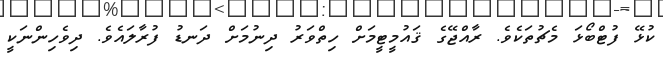
ކުޅޭ ފުޓްބޯޅަ މެޗުތަކެވެ. ރާއްޖޭގެ ޤައުމީޓީމަށް ހިތްވަރު ދިނުމަށް ދަނޑު ފުރާލައެވެ. ދިވެހިންނަކީ